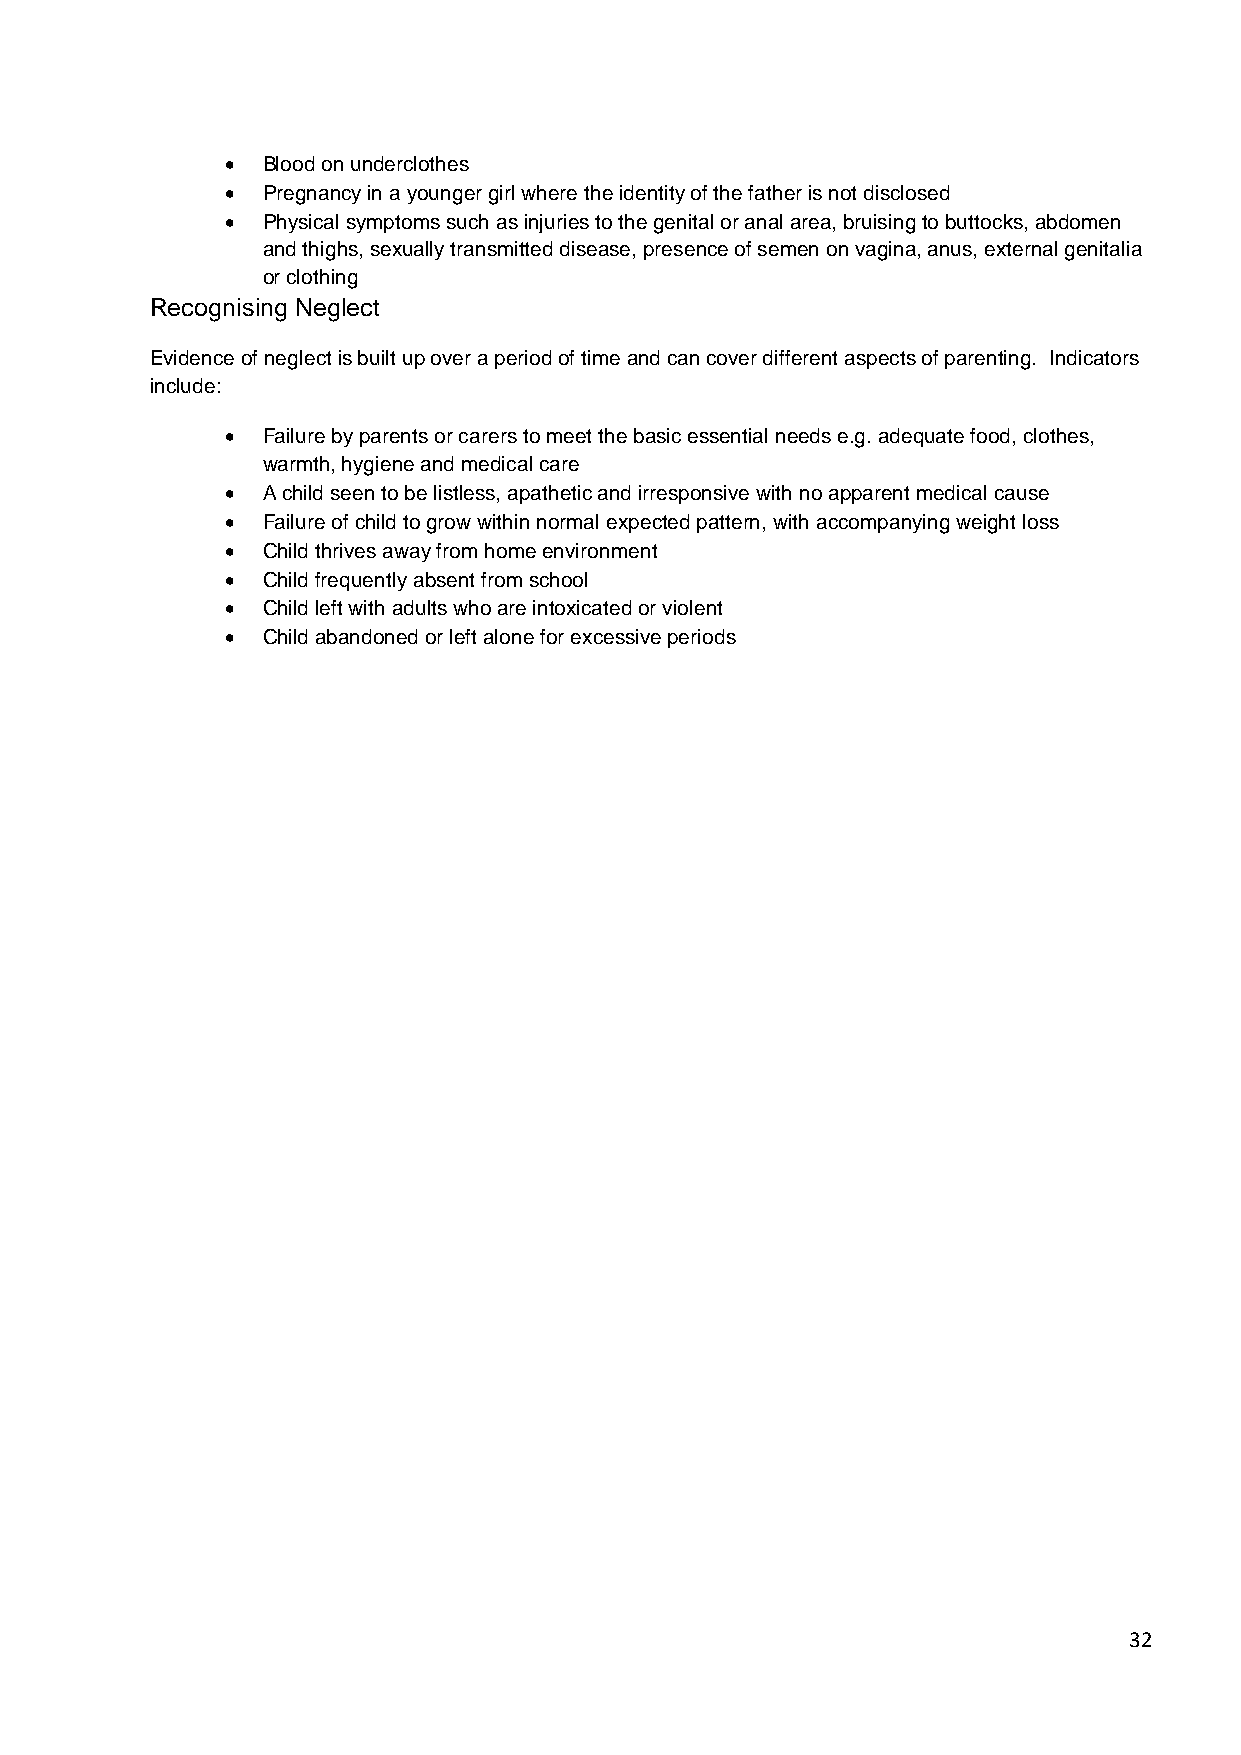
• Blood on underclothes
 • Pregnancy in a younger girl where the identity of the father is not disclosed
 • Physical symptoms such as injuries to the genital or anal area, bruising to buttocks, abdomen
 and thighs, sexually transmitted disease, presence of semen on vagina, anus, external genitalia
 or clothing
 Recognising Neglect
 Evidence of neglect is built up over a period of time and can cover different aspects of parenting. Indicators
 include:
 • Failure by parents or carers to meet the basic essential needs e.g. adequate food, clothes,
 warmth, hygiene and medical care
 • A child seen to be listless, apathetic and irresponsive with no apparent medical cause
 • Failure of child to grow within normal expected pattern, with accompanying weight loss
 • Child thrives away from home environment
 • Child frequently absent from school
 • Child left with adults who are intoxicated or violent
 • Child abandoned or left alone for excessive periods
 32